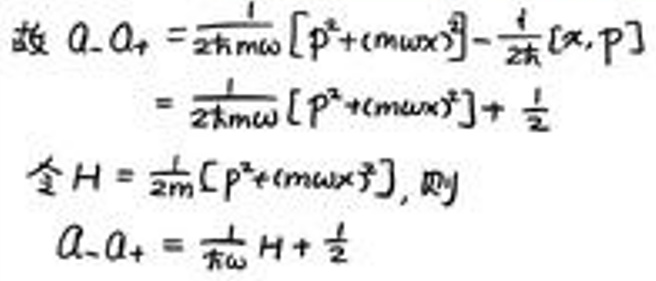
故\(\ a_-a_+&=\frac{1}{2\hbar m\omega}\left[p^2+(m\omega x)^2\right]-\frac{1}{2\hbar}[x,p]\)\\
\(&=\frac{1}{2\hbar m\omega}\left[p^2+(m\omega x)^2\right]+\frac{1}{2}\)\\
令\(H&=\frac{1}{2m}\left[p^2+(m\omega x)^2\right],\)则\\
\(a_-a_+&=\frac{1}{\hbar\omega}H+\frac{1}{2}\)